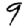
Digit: 9